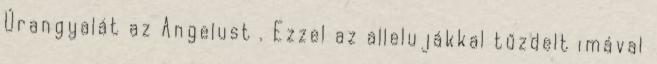
Úrangyalát az Angelust . Ezzel az allelujákkal tűzdelt imával